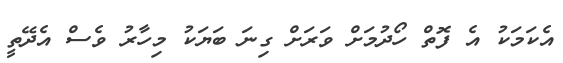
އެކަމަކު އެ ފޮތް ހޯދުމަށް ވަރަށް ގިނަ ބަޔަކު މިހާރު ވެސް އެދޭތީ